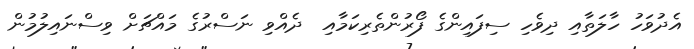
އެދުވަހު ހާލަތާއި ދިވެހި ސިފައިންގެ ފޯރުންތެރިކަމާއި  ދެއްވި ނަސްރުގެ މައްޗަށް ވިސްނައިލުމުން